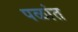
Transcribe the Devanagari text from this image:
पळांत